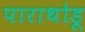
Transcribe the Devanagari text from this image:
पाराथोडू